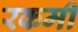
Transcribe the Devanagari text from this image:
रकमी